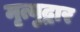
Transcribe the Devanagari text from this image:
मृत्युद्वार